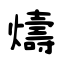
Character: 燽